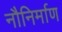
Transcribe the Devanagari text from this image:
नौनिर्माण